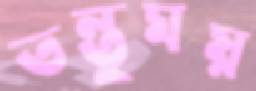
তন্তুময়